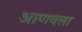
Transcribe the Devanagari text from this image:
आणवला